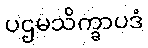
ပဌမသိက္ခာပဒံ